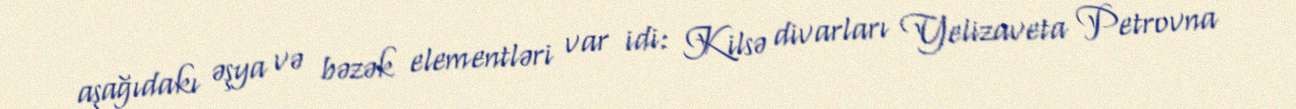
aşağıdakı əşya və bəzək elementləri var idi: Kilsə divarları Yelizaveta Petrovna